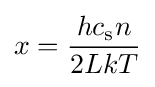
x={hc_{\rm {s}}n \over 2LkT}